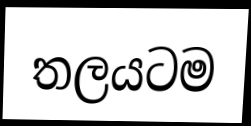
තලයටම